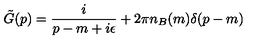
\tilde { G } ( p ) = \frac { i } { p - m + i \epsilon } + 2 \pi n _ { B } ( m ) \delta ( p - m )